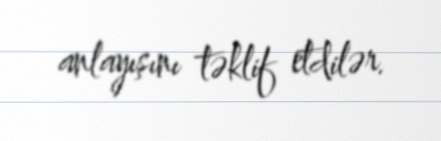
anlayışını təklif etdilər.